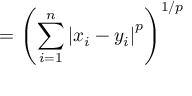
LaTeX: = \left( \sum _ { i = 1 } ^ { n } \left| x _ { i } - y _ { i } \right| ^ { p } \right) ^ { 1 / p }